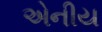
એનીય